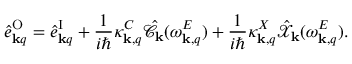
\hat { e } _ { { \bf k } q } ^ { \mathrm { O } } = \hat { e } _ { { \bf k } q } ^ { \mathrm { I } } + \frac { 1 } { i \hbar } \kappa _ { { \bf k } , q } ^ { C } \hat { \mathcal { C } } _ { \bf k } ( \omega _ { { \bf k } , q } ^ { E } ) + \frac { 1 } { i \hbar } \kappa _ { { \bf k } , q } ^ { X } \hat { \mathcal { X } } _ { \bf k } ( \omega _ { { \bf k } , q } ^ { E } ) .